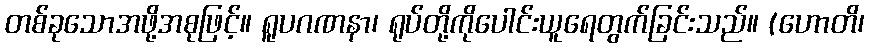
တစ်ခုသောအဖို့အစုဖြင့်။ ရူပဂဏနာ၊ ရုပ်တို့ကိုပေါင်းယူရေတွက်ခြင်းသည်။ (ဟောတိ၊